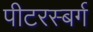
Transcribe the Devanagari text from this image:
पीटरस्बर्ग